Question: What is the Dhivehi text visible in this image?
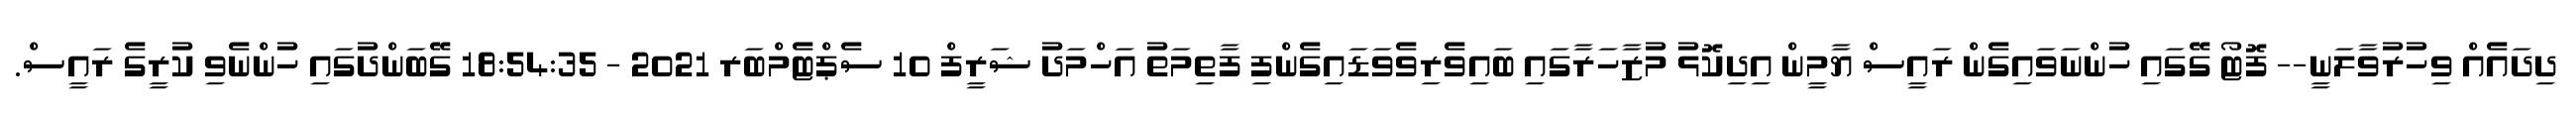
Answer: ދިދައެއް ވިހުރުވާލަނީ-- ފޮޓޯ ގޭގައި ހުންނަވައިގެން ރައީސް ޔާމީން އިދިކޮޅު މުޒާހަރާގައި ބައިވެރިވެވަޑައިގެންފި ފާތިމަތު އަހްމަދު ޝަރީފް 10 ސެޕްޓެމްބަރ 2021 - 18:54:35 ގޭބަންދުގައި ހުންނެވި ކުރީގެ ރައީސް.